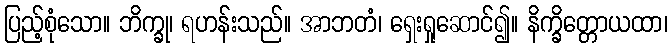
ပြည့်စုံသော။ ဘိက္ခု၊ ရဟန်းသည်။ အာဘတံ၊ ရှေးရှုဆောင်၍။ နိက္ခိတ္တောယထာ၊